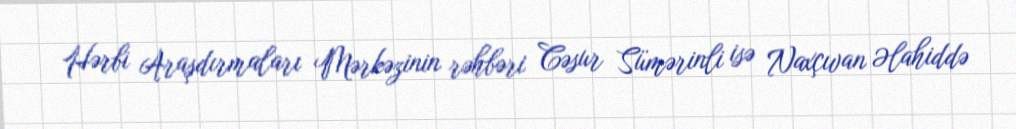
Hərbi Araşdırmaları Mərkəzinin rəhbəri Cəsur Sümərinli isə Naxçıvan Əlahiddə